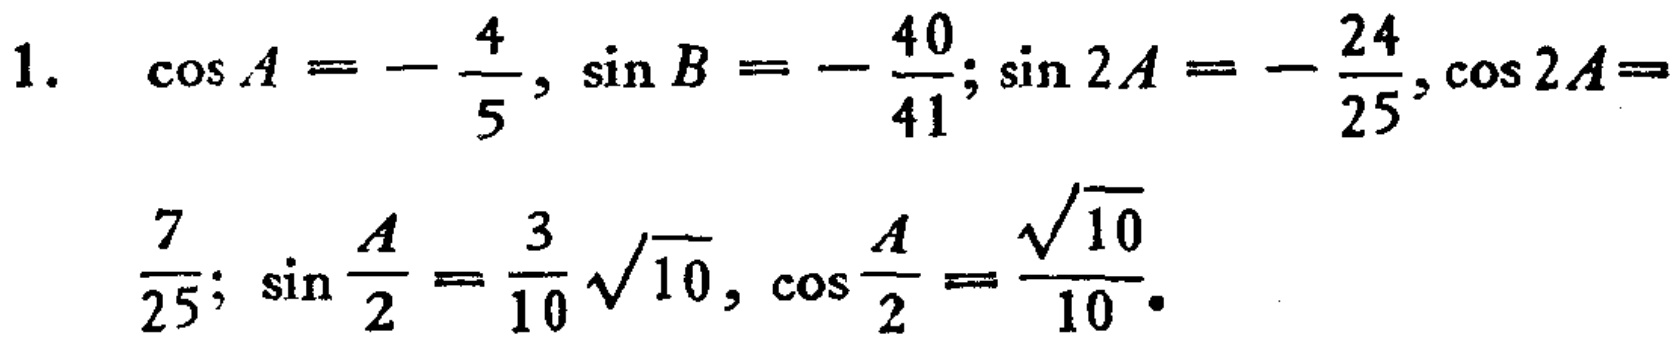
1. $\cos A = -\frac{4}{5}, \sin B = -\frac{40}{41}; \sin 2A = -\frac{24}{25}, \cos 2A = \frac{7}{25}; \sin \frac{A}{2} = \frac{3}{10}\sqrt{10}, \cos \frac{A}{2} = \frac{\sqrt{10}}{10}.$